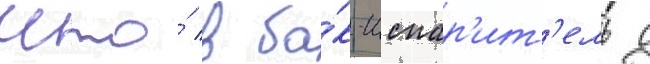
что́ в ба́к-испар'ит'ель с